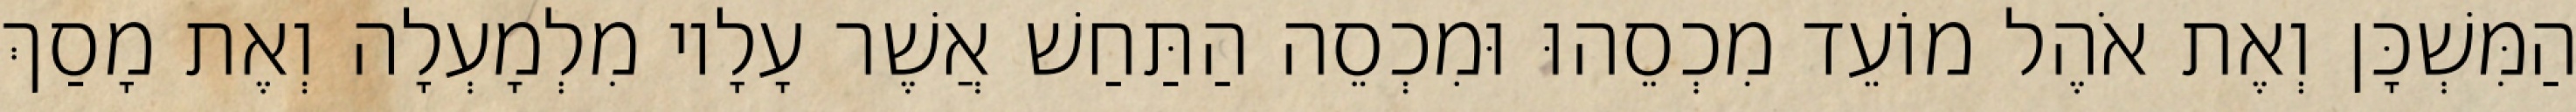
הַמִּשְׁכָּן וְאֶת אֹהֶל מוֹעֵד מִכְסֵהוּ וּמִכְסֵה הַתַּחַשׁ אֲשֶׁר עָלָיו מִלְמָעְלָה וְאֶת מָסַךְ